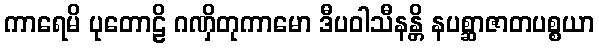
ကာရေမိ ပုတောဠိ ဂဏှိတုကာမော ဒီပဝါသီနန္တိ နပစ္ဆာဇာတပစ္စယာ